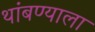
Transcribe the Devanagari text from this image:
थांबण्याला